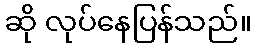
ဆို လုပ်နေပြန်သည်။